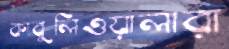
কাবুলিওয়ালারা